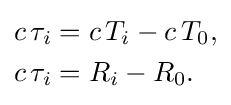
{\begin{aligned}c\,\tau _{i}&=c\,T_{i}-c\,T_{0},\\c\,\tau _{i}&=R_{i}-R_{0}.\end{aligned}}